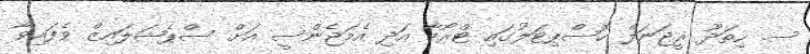
ސ. ހިތަދޫ ރީޖަނަލް ހޮސްޕިޓަލުގައި ޓްރޯމާ އަދި އެމަޖެންސީ އަށް ސްޕެޝަލައިޒް ވެފައިވާ